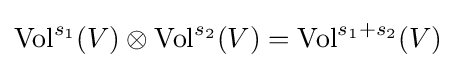
\operatorname {Vol} ^{s_{1}}(V)\otimes \operatorname {Vol} ^{s_{2}}(V)=\operatorname {Vol} ^{s_{1}+s_{2}}(V)